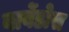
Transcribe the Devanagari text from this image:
बार्बेडोस